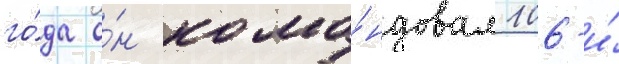
го́да о́н кома́ндовал 106-и́